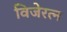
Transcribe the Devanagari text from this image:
विजेरत्न